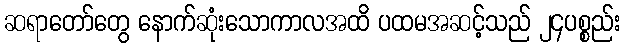
ဆရာတော်တွေ နောက်ဆုံးသောကာလအထိ ပထမအဆင့်သည် ၂၄ပစ္စည်း